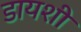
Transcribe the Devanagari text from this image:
डायशी